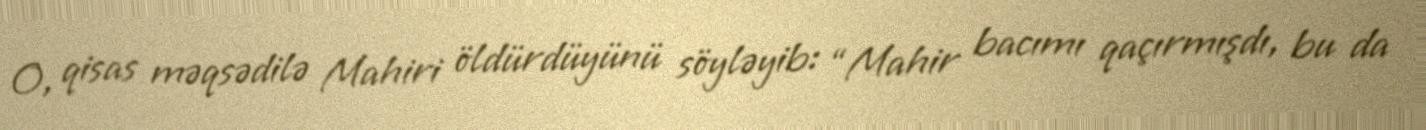
O, qisas məqsədilə Mahiri öldürdüyünü söyləyib: “Mahir bacımı qaçırmışdı, bu da